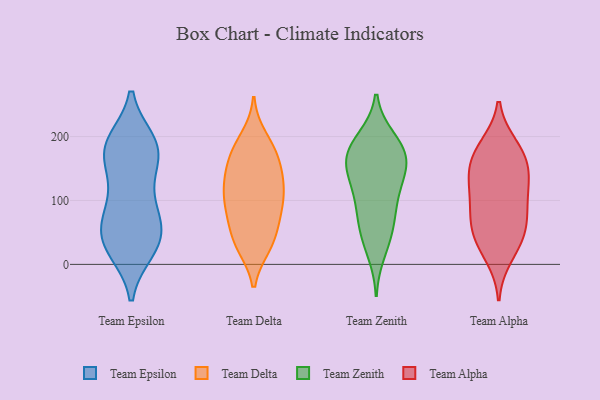
{"axis": {"x": "Customer Acquisition Cost (USD)", "y": "Value"}, "legend": ["Team Alpha", "Team Delta", "Team Epsilon", "Team Zenith"], "data": [{"x": "", "y": 185, "type": "Team Epsilon"}, {"x": "", "y": 26, "type": "Team Epsilon"}, {"x": "", "y": 147, "type": "Team Epsilon"}, {"x": "", "y": 59, "type": "Team Epsilon"}, {"x": "", "y": 186, "type": "Team Epsilon"}, {"x": "", "y": 60, "type": "Team Epsilon"}, {"x": "", "y": 169, "type": "Team Epsilon"}, {"x": "", "y": 54, "type": "Team Epsilon"}, {"x": "", "y": 81, "type": "Team Epsilon"}, {"x": "", "y": 182, "type": "Team Epsilon"}, {"x": "", "y": 92, "type": "Team Epsilon"}, {"x": "", "y": 191, "type": "Team Epsilon"}, {"x": "", "y": 34, "type": "Team Epsilon"}, {"x": "", "y": 183, "type": "Team Epsilon"}, {"x": "", "y": 119, "type": "Team Epsilon"}, {"x": "", "y": 23, "type": "Team Epsilon"}, {"x": "", "y": 28, "type": "Team Epsilon"}, {"x": "", "y": 123, "type": "Team Delta"}, {"x": "", "y": 175, "type": "Team Delta"}, {"x": "", "y": 65, "type": "Team Delta"}, {"x": "", "y": 149, "type": "Team Delta"}, {"x": "", "y": 29, "type": "Team Delta"}, {"x": "", "y": 134, "type": "Team Delta"}, {"x": "", "y": 121, "type": "Team Delta"}, {"x": "", "y": 31, "type": "Team Delta"}, {"x": "", "y": 44, "type": "Team Delta"}, {"x": "", "y": 84, "type": "Team Delta"}, {"x": "", "y": 179, "type": "Team Delta"}, {"x": "", "y": 198, "type": "Team Delta"}, {"x": "", "y": 152, "type": "Team Delta"}, {"x": "", "y": 82, "type": "Team Delta"}, {"x": "", "y": 30, "type": "Team Delta"}, {"x": "", "y": 88, "type": "Team Delta"}, {"x": "", "y": 179, "type": "Team Delta"}, {"x": "", "y": 116, "type": "Team Delta"}, {"x": "", "y": 101, "type": "Team Delta"}, {"x": "", "y": 18, "type": "Team Zenith"}, {"x": "", "y": 120, "type": "Team Zenith"}, {"x": "", "y": 81, "type": "Team Zenith"}, {"x": "", "y": 159, "type": "Team Zenith"}, {"x": "", "y": 185, "type": "Team Zenith"}, {"x": "", "y": 144, "type": "Team Zenith"}, {"x": "", "y": 66, "type": "Team Zenith"}, {"x": "", "y": 161, "type": "Team Zenith"}, {"x": "", "y": 169, "type": "Team Zenith"}, {"x": "", "y": 57, "type": "Team Zenith"}, {"x": "", "y": 198, "type": "Team Zenith"}, {"x": "", "y": 111, "type": "Team Zenith"}, {"x": "", "y": 171, "type": "Team Zenith"}, {"x": "", "y": 153, "type": "Team Zenith"}, {"x": "", "y": 108, "type": "Team Zenith"}, {"x": "", "y": 41, "type": "Team Zenith"}, {"x": "", "y": 196, "type": "Team Zenith"}, {"x": "", "y": 79, "type": "Team Alpha"}, {"x": "", "y": 172, "type": "Team Alpha"}, {"x": "", "y": 57, "type": "Team Alpha"}, {"x": "", "y": 112, "type": "Team Alpha"}, {"x": "", "y": 90, "type": "Team Alpha"}, {"x": "", "y": 125, "type": "Team Alpha"}, {"x": "", "y": 155, "type": "Team Alpha"}, {"x": "", "y": 130, "type": "Team Alpha"}, {"x": "", "y": 179, "type": "Team Alpha"}, {"x": "", "y": 147, "type": "Team Alpha"}, {"x": "", "y": 35, "type": "Team Alpha"}, {"x": "", "y": 40, "type": "Team Alpha"}, {"x": "", "y": 185, "type": "Team Alpha"}, {"x": "", "y": 13, "type": "Team Alpha"}, {"x": "", "y": 65, "type": "Team Alpha"}]}